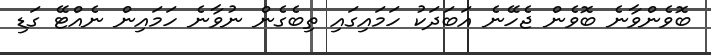
ބޮވެންވާނެ ބޮވެން ޖެހޭނެ އަބަދަކު ހަމައިގައި ތިބެގެން ނުވާނެ ހަމައިން ނެއްޓޭ ގަޑި